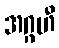
အဂ္ဂဟီ